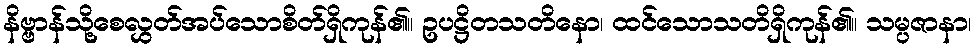
နိဗ္ဗာန်သို့စေလွှတ်အပ်သောစိတ်ရှိကုန်၏။ ဥပဋ္ဌိတသတိနော၊ ထင်သောသတိရှိကုန်၏။ သမ္ပဇာနာ၊